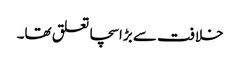
خلافت سے بڑا سچا تعلق تھا۔